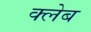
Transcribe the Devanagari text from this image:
क्लेब